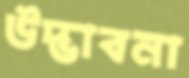
উদ্ভাবনা